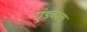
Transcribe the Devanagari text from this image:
गुंडकाम